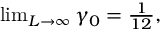
\begin{array} { r } { \operatorname* { l i m } _ { L \to \infty } \gamma _ { 0 } = \frac { 1 } { 1 2 } , } \end{array}